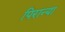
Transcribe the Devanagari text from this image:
पिरान्या